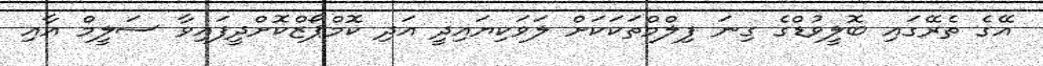
އޭގެ ތެރޭގައި ބޮލީވުޑްގެ ގިނަ ފިލްމްތަކަކަށް ލަވަކިޔައިދީ އަދި ކޮމްޕޯޒްކޮށްދީފައިވާ ސަލީމް އާއި